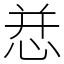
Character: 㤣